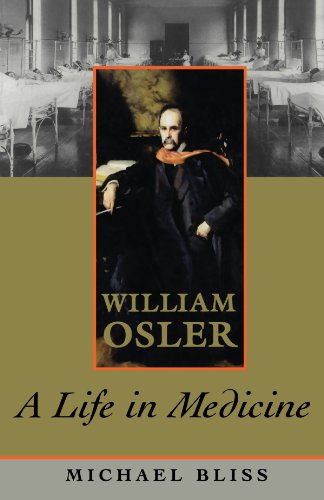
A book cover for William Osler: A Life in Medicine; Michael Bliss; Biographies & Memoirs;